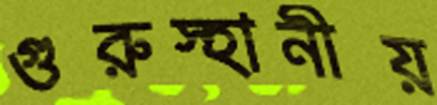
গুরুস্হানীয়